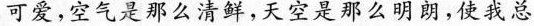
可爱，空气是那么清鲜，天空是那么明朗，使我总